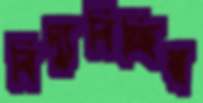
বিদ্যুবিচ্ছিন্ন